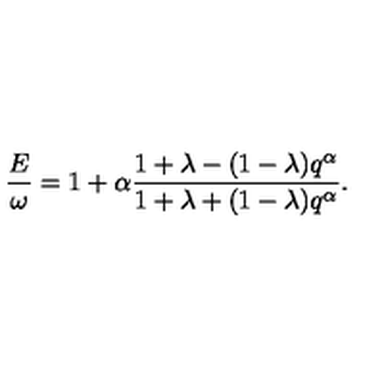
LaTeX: \frac { E } { \omega } = 1 + \alpha \frac { 1 + \lambda - ( 1 - \lambda ) q ^ { \alpha } } { 1 + \lambda + ( 1 - \lambda ) q ^ { \alpha } } .